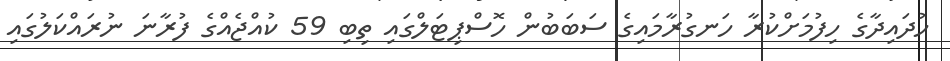
ހުދައިދާގެ ހިފުމަށްކުރާ ހަނގުރާމައިގެ ސަބަބުން ހޮސްޕިޓަލްގައި ތިބި 59 ކުއްޖެއްގެ ފުރާނަ ނުރައްކަލުގައި